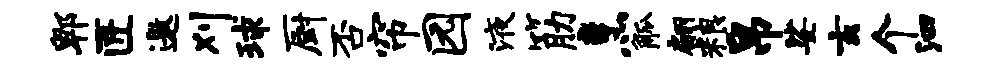
郫匠邀刈球厨否帘园液筋烹觚翩粮帛娑玄个泗